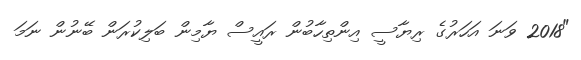
"2018 ވަނަ އަހަރުގެ ރިޔާސީ އިންތިހާބުން ރައީސް ޔާމިން ބަލިކުރަން ބޭނުން ނަމަ